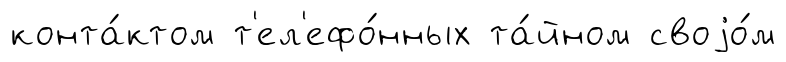
конта́ктом т'ел'ефо́нных та́йном своjо́м